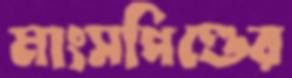
মাংসপিণ্ডের